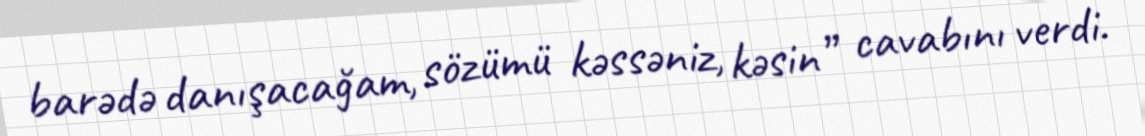
barədə danışacağam, sözümü kəssəniz, kəsin” cavabını verdi.